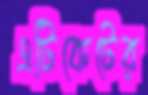
এটিকেটের